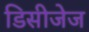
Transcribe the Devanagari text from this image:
डिसीजेज